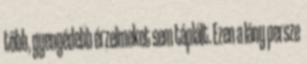
több, gyengédebb érzelmeket sem táplált. Ezen a lány persze